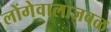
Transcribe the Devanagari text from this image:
लोंगेवालाजवळ